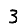
Digit: 3